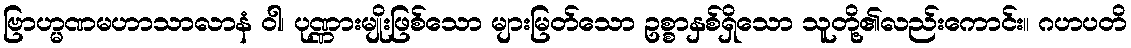
ဗြာဟ္မဏမဟာသာလာနံ ဝါ၊ ပုဏ္ဏားမျိုးဖြစ်သော များမြတ်သော ဥစ္စာနှစ်ရှိသော သူတို့၏လည်းကောင်း။ ဂဟပတိ